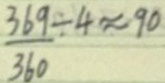
\frac { 3 6 9 } { 3 6 0 } \div 4 \approx 9 0